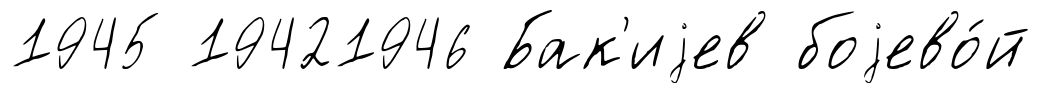
1945 19421946 Бак'иjев боjево́й